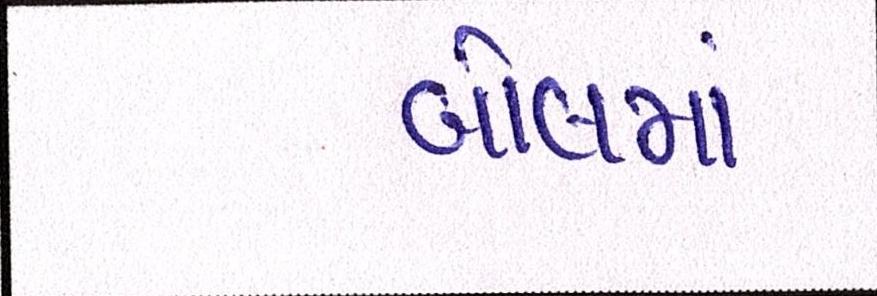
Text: બોલમાં